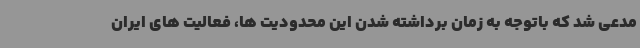
مدعی شد که باتوجه به زمان برداشته شدن این محدودیت ها، فعالیت های ایران